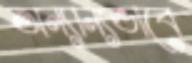
অন্যান্যভাবে